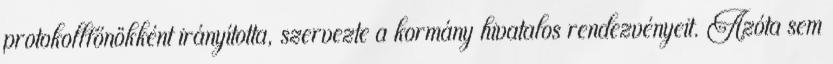
protokollfőnökként irányította, szervezte a kormány hivatalos rendezvényeit. Azóta sem